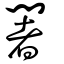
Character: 闍